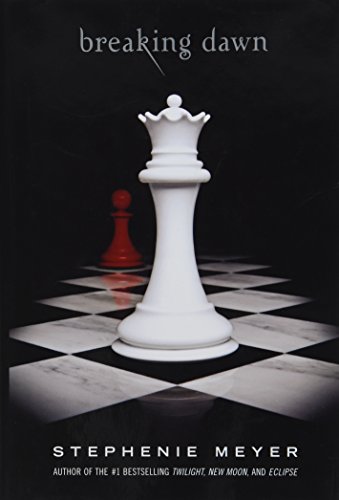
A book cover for Breaking Dawn (The Twilight Saga, Book 4); Stephenie Meyer; Teen & Young Adult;